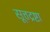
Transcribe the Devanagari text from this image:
सूत्तद्रष्टा